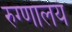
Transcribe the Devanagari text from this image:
रुग्णालयं